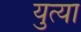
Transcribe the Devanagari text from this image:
युत्या